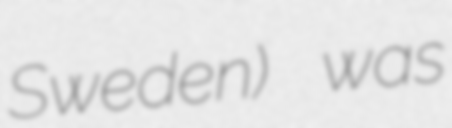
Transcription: Sweden) was